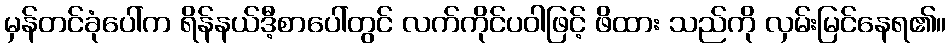
မှန်တင်ခုံပေါ်က ရိန်နယ်ဒီ့စာပေါ်တွင် လက်ကိုင်ပဝါဖြင့် ဖိထား သည်ကို လှမ်းမြင်နေရ၏။